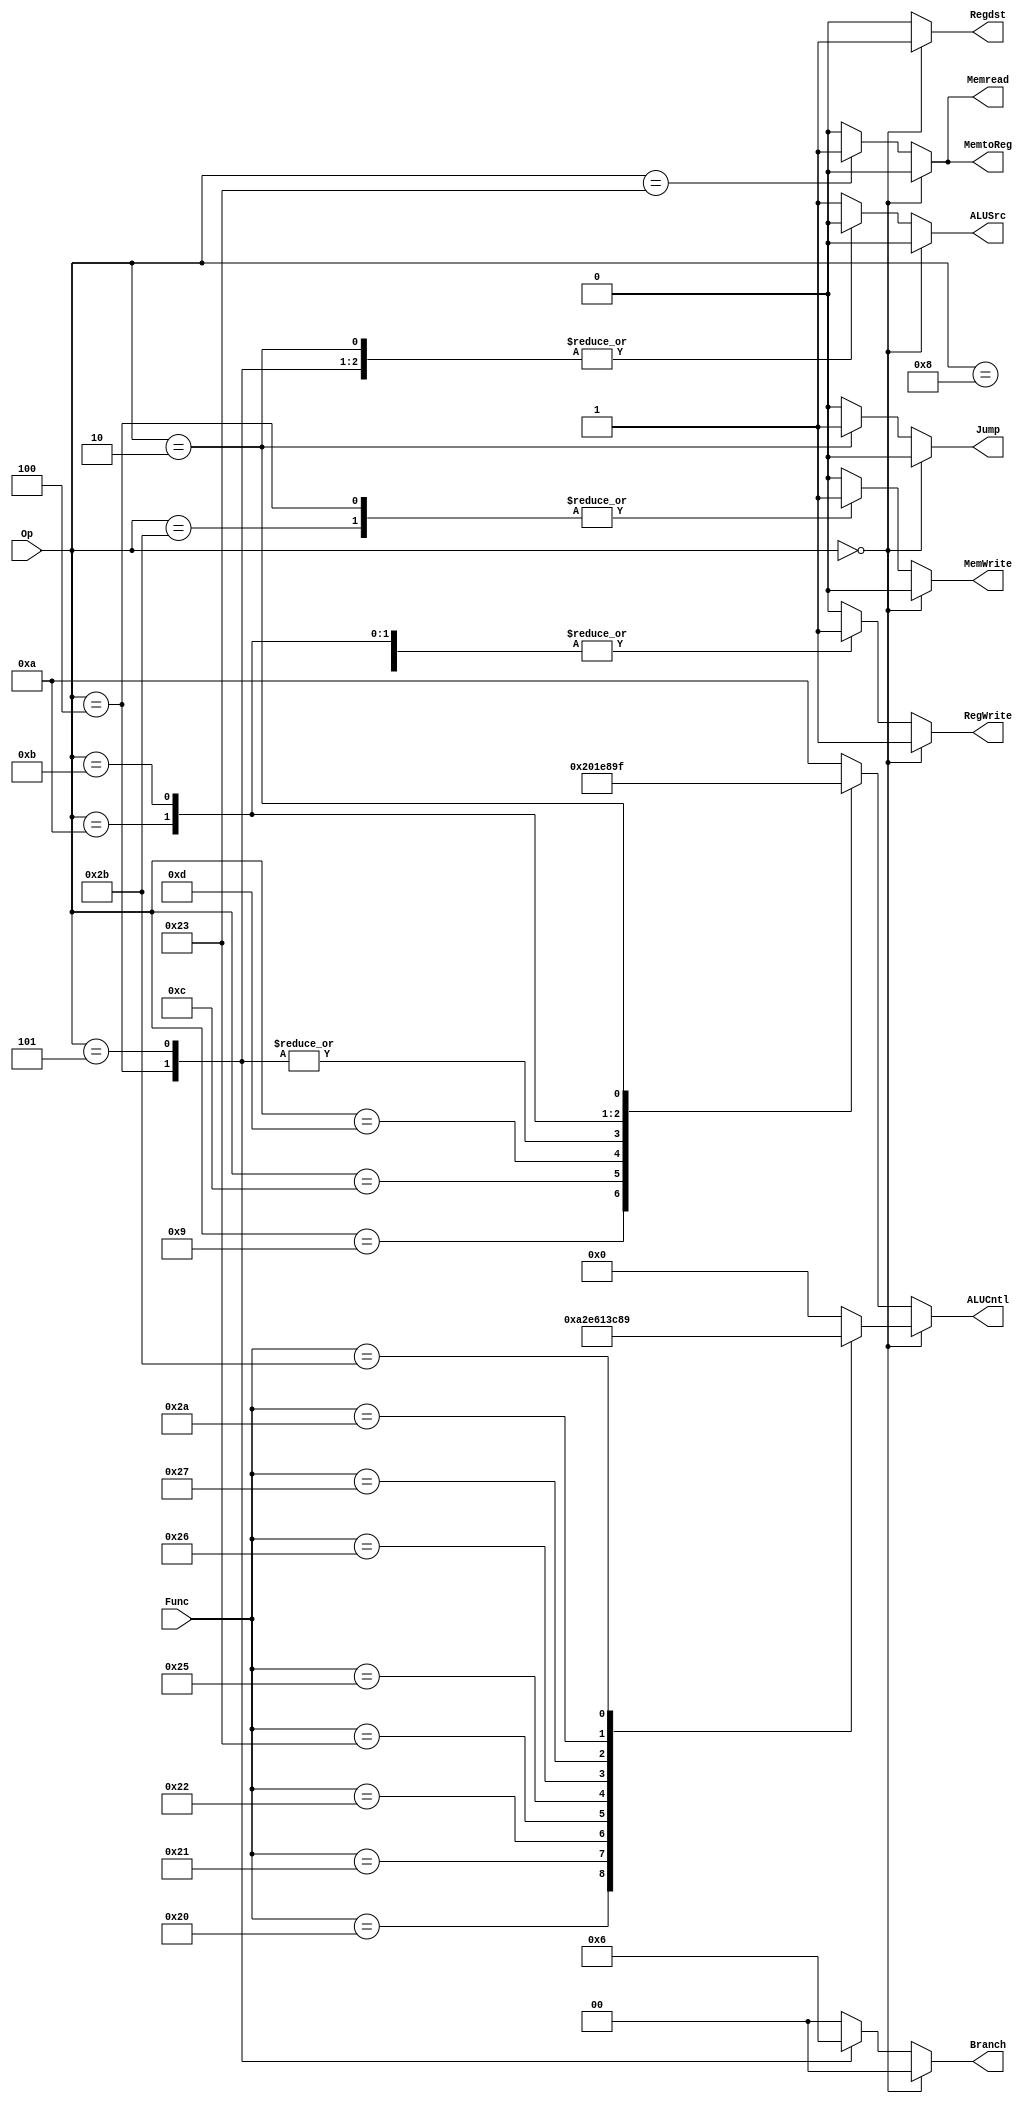
`timescale 1ns / 1ps
//////////////////////////////////////////////////////////////////////////////////
// Company: 
// Engineer: 
// 
// Design Name: 
// Module Name: Control
// Project Name: 
// Target Devices: 
// Tool Versions: 
// Description: 
// 
// Dependencies: 
// 
// Revision:
// Revision 0.01 - File Created
// Additional Comments:
// 
//////////////////////////////////////////////////////////////////////////////////


module Control(
    input [5:0] Op,
    input [5:0] Func,
    output reg [3:0] ALUCntl,
    output reg RegWrite,
    output reg Regdst,
    output reg [1:0] Branch,
    output reg Memread,
    output reg MemtoReg,
    output reg MemWrite,
    output reg ALUSrc,
    output reg Jump
    );
    
    always@(*) begin
        // r type
        if (Op == 6'b0) begin
            RegWrite = 1'b1;                //write back to register file
            Regdst   = 1'b1;                //Inst[15:11]write back address
            Branch   = 2'b0;                //No branching performed
            Memread  = 1'b0;                //no read from memory
            MemtoReg = 1'b0;                //write back data comes from alu
            MemWrite = 1'b0;                //no write to memory
            ALUSrc   = 1'b0;                // source b comes from register file 
            Jump = 1'b0;                    // No jump required
            case(Func)
                6'h20: ALUCntl = 4'b1010;    // add signed
                6'h21: ALUCntl = 4'b0010;    // add unsigned        
                6'h22: ALUCntl = 4'b1110;    // subtract signed      
                6'h23: ALUCntl = 4'b0110;    // subtract unsigned          
                6'h24: ALUCntl = 4'b0000;    // and            
                6'h25: ALUCntl = 4'b0001;   // or         
                6'h26: ALUCntl = 4'b0011;   // xor             
                6'h27: ALUCntl = 4'b1100;    // nor
                6'h2A: ALUCntl = 4'b1000;   // set less than		
                6'h2B: ALUCntl = 4'b1001;   // set less than unsigned
                default: ALUCntl = 4'b0000;
            endcase
        end
        
        //I / J type
        else begin
            case(Op)
                6'h08:begin             //addi              
					RegWrite = 1'b1;               
					Regdst   = 1'b0;	  // [20:16]         
					Branch   = 2'b0;                
					Memread  = 1'b0;                
					MemtoReg = 1'b0;                
					MemWrite = 1'b0;             
					ALUSrc   = 1'b1;          
					Jump = 1'b0;          // No jump required      
					ALUCntl = 4'b1010;    // add signed
			    end
				6'h09: begin            //addiu
					RegWrite = 1'b1;               
					Regdst   = 1'b0;	  // [20:16] 
					Branch   = 2'b0;                
					Memread  = 1'b0;                
					MemtoReg = 1'b0;                
					MemWrite = 1'b0;             
					ALUSrc   = 1'b1;     
					Jump = 1'b0;          // No jump required                
					ALUCntl = 4'b0010;    // add unsigned
				end
                6'h0c: begin            //andi
					RegWrite = 1'b1;               
					Regdst   = 1'b0;                //[20-16]
					Branch   = 2'b0;                
					Memread  = 1'b0;                
					MemtoReg = 1'b0;                
					MemWrite = 1'b0;             
					ALUSrc   = 1'b1;   
					Jump = 1'b0;          // No jump required                  
					ALUCntl = 4'b0000;    // and
				end
                6'h0D: begin            //ori
					RegWrite = 1'b1;               
					Regdst   = 1'b0;                //[20-16]
					Branch   = 2'b0;                
					Memread  = 1'b0;                
					MemtoReg = 1'b0;                
					MemWrite = 1'b0;             
					ALUSrc   = 1'b1;   
					Jump = 1'b0;          // No jump required                  
					ALUCntl = 4'b0001;   // or 
				end
			    6'h23: begin             //lw
					RegWrite = 1'b1;               
					Regdst   = 1'b0;                //[20-16]
					Branch   = 2'b0;                
					Memread  = 1'b1;                
					MemtoReg = 1'b1;                
					MemWrite = 1'b0;             
					ALUSrc   = 1'b1;    
					Jump = 1'b0;          // No jump required                 
					ALUCntl = 4'b1010;    // add signed
				end
				6'h2B: begin            //sw
					RegWrite = 1'b0;               
					Regdst   = 1'b0;
					Branch   = 2'b0;                
					Memread  = 1'b0;                
					MemtoReg = 1'b0;                
					MemWrite = 1'b1;             
					ALUSrc   = 1'b1;    
					Jump = 1'b0;          // No jump required                 
					ALUCntl = 4'b1010;    // add signed
				end
				6'h04: begin            //beq
					RegWrite = 1'b0;               
					Regdst   = 1'b0;
					Branch   = 2'b01;                
					Memread  = 1'b0;                
					MemtoReg = 1'b0;                
					MemWrite = 1'b1;             
					ALUSrc   = 1'b0;    
					Jump = 1'b0;          // No jump required                 
					ALUCntl = 4'b1110;    // subtract signed
				end
			    6'h05: begin         //bne
					RegWrite = 1'b0;               
					Regdst   = 1'b0;
					Branch   = 2'b10;                
					Memread  = 1'b0;                
					MemtoReg = 1'b0;                
					MemWrite = 1'b0;             
					ALUSrc   = 1'b0;      
					Jump = 1'b0;          // No jump required               
					ALUCntl = 4'b1110;    // subtract signed
				end
				6'h0A: begin            //slti
					RegWrite = 1'b1;               
					Regdst   = 1'b0;                //[20-16]
					Branch   = 2'b0;                
					Memread  = 1'b0;                
					MemtoReg = 1'b0;                
					MemWrite = 1'b0;             
					ALUSrc   = 1'b1;      
					Jump = 1'b0;          // No jump required               
					ALUCntl = 4'b1000;   // set less than
				end
				6'h0B: begin            //sltiu
					RegWrite = 1'b1;               
					Regdst   = 1'b0;                //[20-16]
					Branch   = 2'b0;                
					Memread  = 1'b0;                
					MemtoReg = 1'b0;                
					MemWrite = 1'b0;             
					ALUSrc   = 1'b1;       
					Jump = 1'b0;          // No jump required              
					ALUCntl = 4'b1001;   // set less than unsigned
				end
				// JUMP CASE! (J Type) 
				6'h02: begin
				    RegWrite = 1'b0;     // not writing to registers
					Regdst   = 1'b0;     //[20-16] not used
					Branch   = 2'b0;     // no branch
					Memread  = 1'b0;     // not reading from mem               
					MemtoReg = 1'b0;     // not loading values to reg
					MemWrite = 1'b0;     // not writing to mem
					ALUSrc   = 1'b0;     // alu not needed
					Jump = 1'b1;          // jump!            
					ALUCntl = 4'b1111;   // and (default, logic not used)
				end
				default:begin    
					RegWrite = 1'b0;               
					Regdst   = 1'b0;                //[20-16]
					Branch   = 2'b0;                
					Memread  = 1'b0;                
					MemtoReg = 1'b0;                
					MemWrite = 1'b0;             
					ALUSrc   = 1'b1;         
					Jump = 1'b0;          // No jump required            
					ALUCntl  = 4'b1010;
				end
			endcase		
		end
    end
endmodule